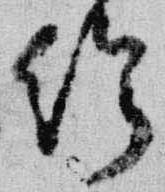
給